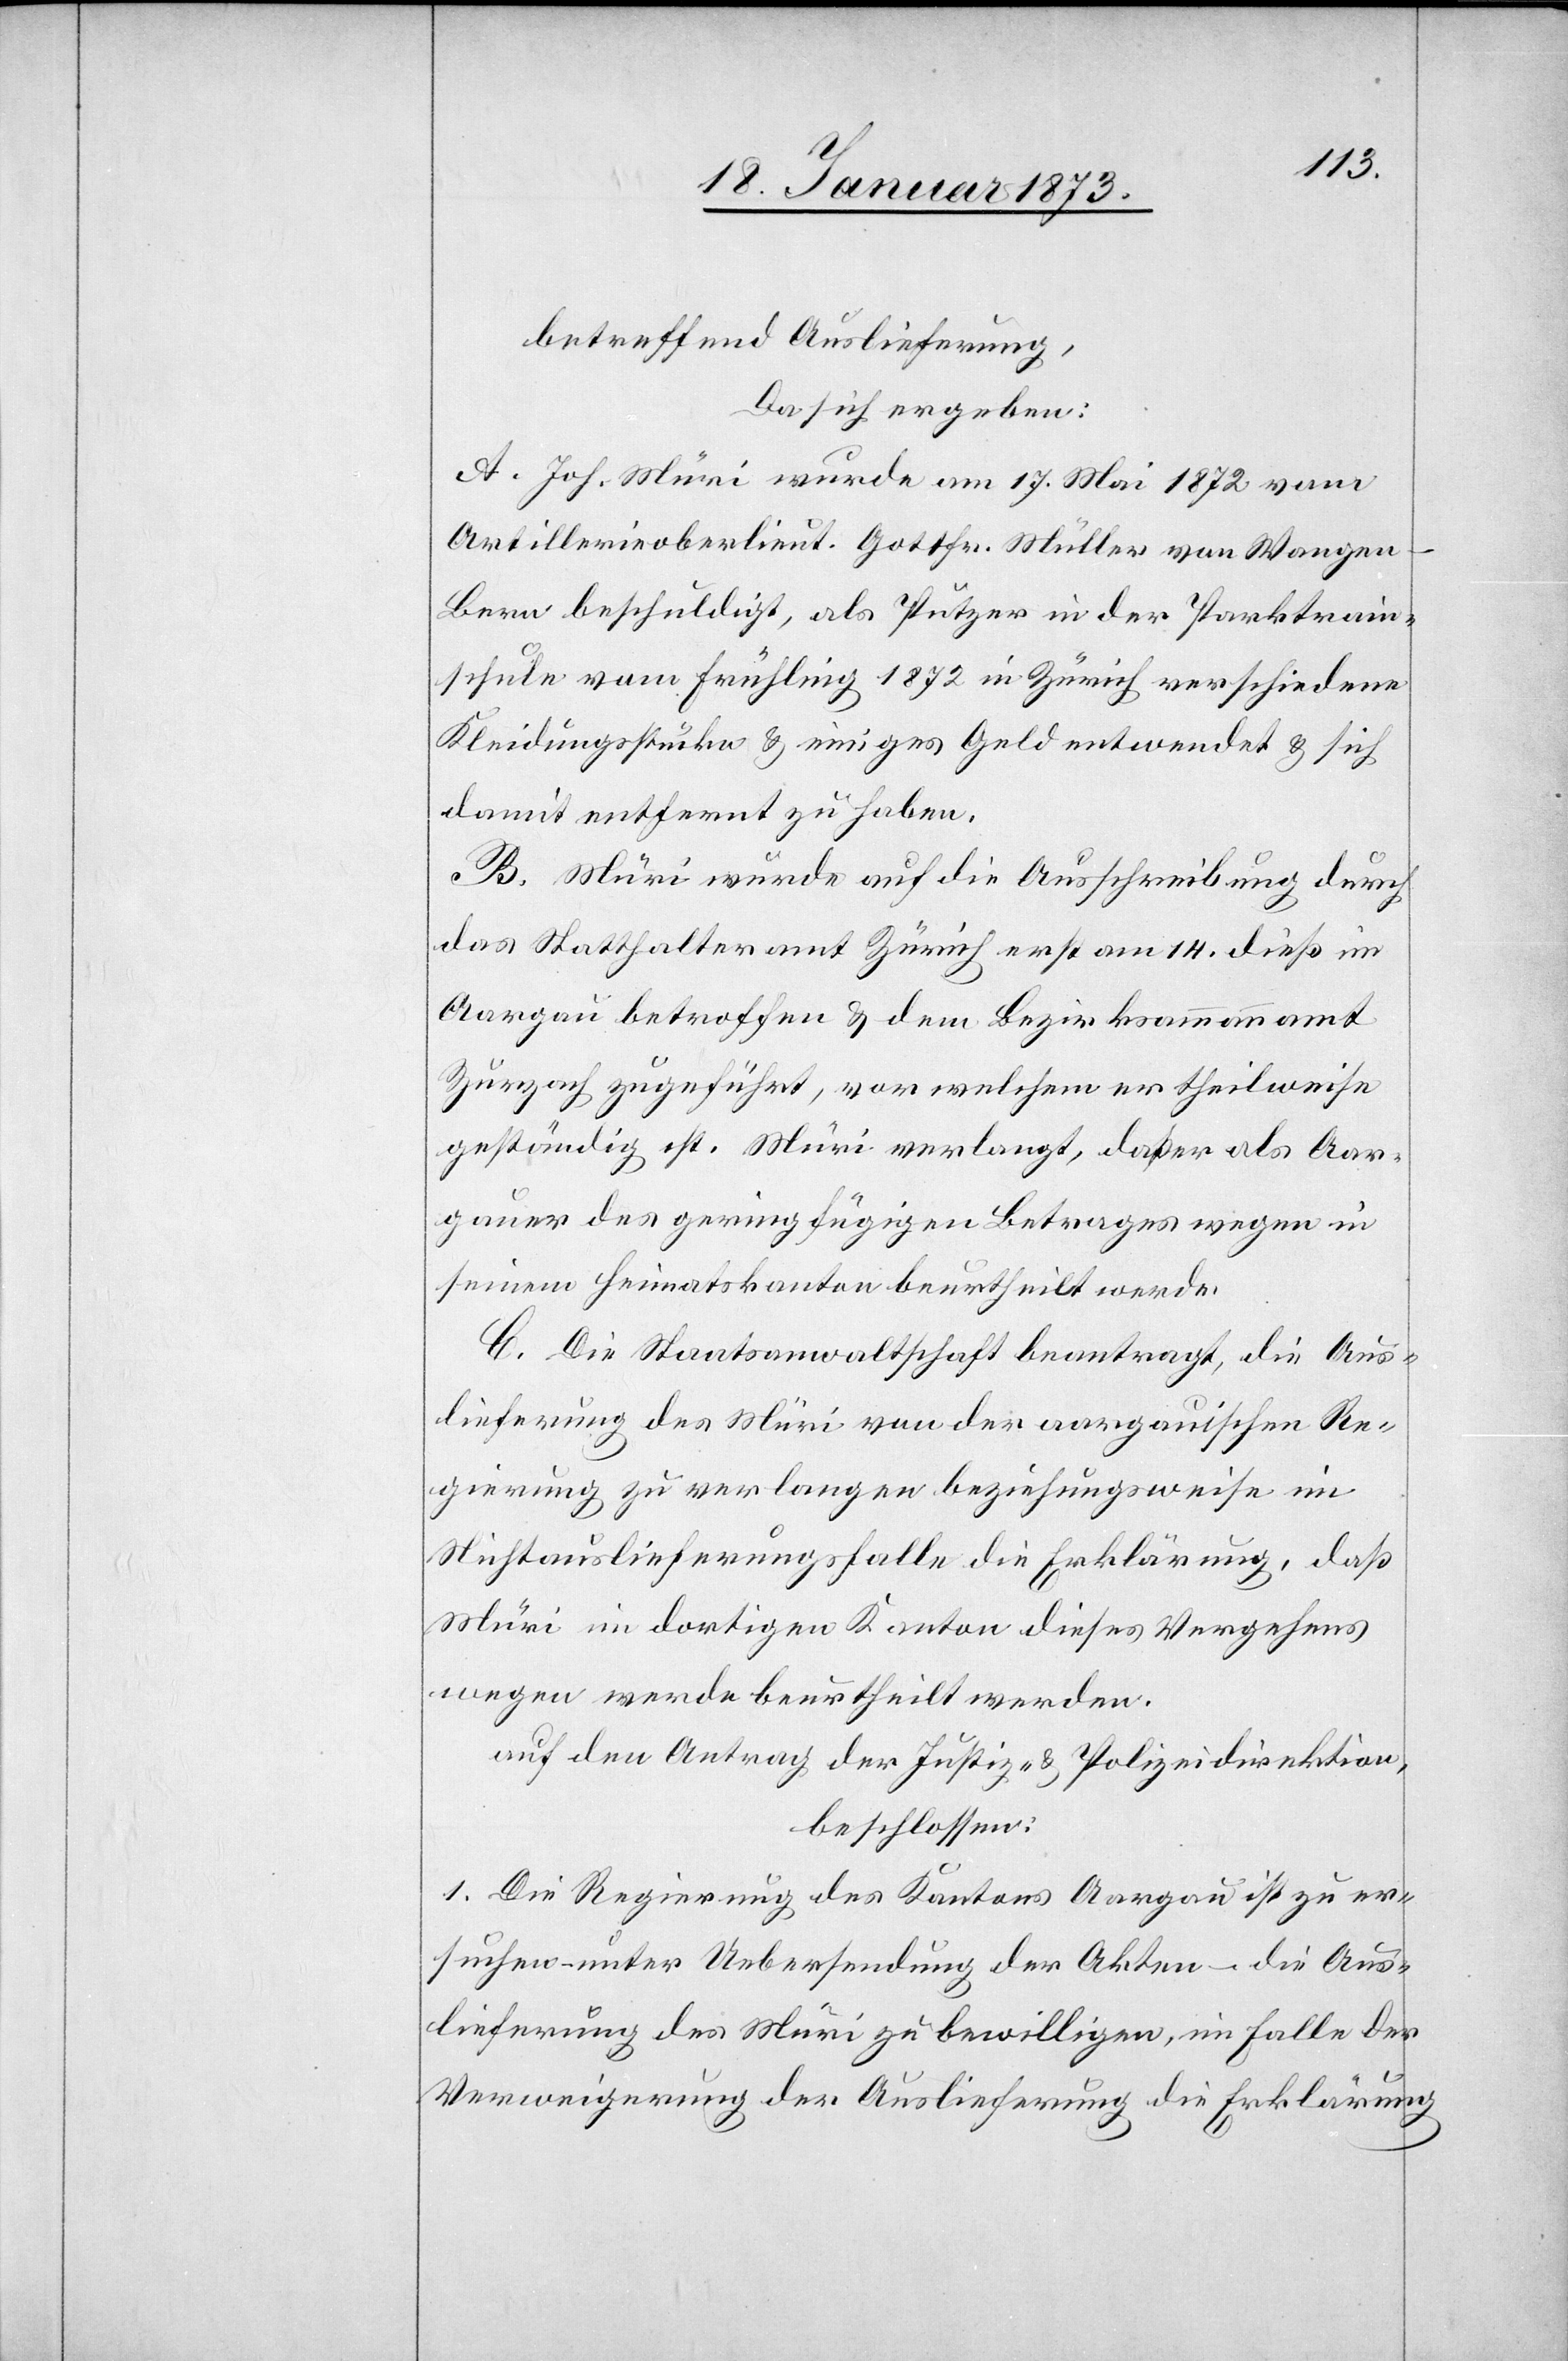
betreffend Auslieferung,
Da sich ergeben:
A. Joh. Müri wurde am 17. Mai 1872 vom
Artillerieoberlieut. Gottfr. Müller von Wangen-B¬
ern beschuldigt, als Putzer in der Parktrain¬
schule vom Frühling 1872 in Zürich verschiedene
Kleidungsstücke u. einiges Geld entwendet u. sich
damit entfernt zu haben.
B. Müri wurde auf die Ausschreibung durch
das Statthalteramt Zürich erst am 14. dieß im
Aargau betroffen u. dem Bezirksammannamt
Zurzach zugeführt, vor welchem er theilweise
geständig ist. Müri verlangt, daß er als Aar¬
gauer des geringfügigen Betrages wegen in
seinem Heimatskanton beurtheilt werde.
C. Die Staatsanwaltschaft beantragt, die Aus¬
lieferung des Müri von der aargauischen Re¬
gierung zu verlangen beziehungsweise im
Nichtauslieferungsfalle die Erklärung, daß
Müri im dortigen Kanton dieses Vergehens
wegen werde beurtheilt werden.
auf den Antrag der Justiz- u. Polizeidirektion,
beschlossen:
1. Die Regierung des Kantons Aargau ist zu er¬
suchen – unter Uebersendung der Akten – die Aus¬
lieferung des Müri zu bewilligen, im Falle der
Verweigerung der Auslieferung die Erklärung